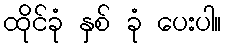
ထိုင်ခုံ နှစ် ခုံ ပေးပါ။